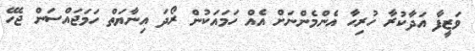
ވަޒީފާ އަދާކުރާ ހުރިހާ އެންމެންނަށް އެއް ހަމައަކުން ރޯދަ އިނާޔަތް ހަމަޖައްސަން ޖެހޭ